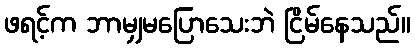
ဖရင့်က ဘာမျှမပြောသေးဘဲ ငြိမ်နေသည်။